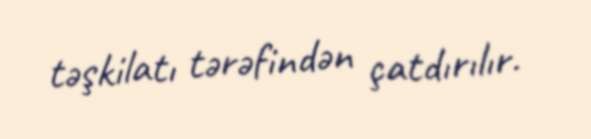
təşkilatı tərəfindən çatdırılır.